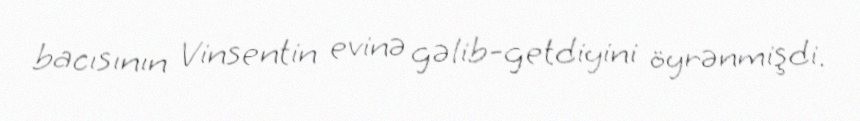
bacısının Vinsentin evinə gəlib-getdiyini öyrənmişdi.